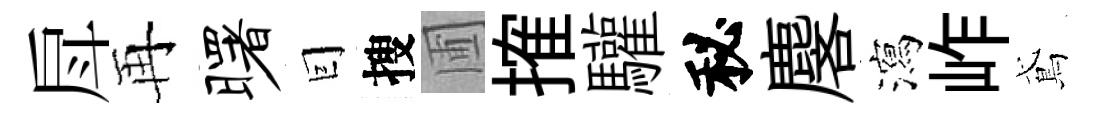
戽再曙囙搜圃搉驩秘麐瀉岞鳶